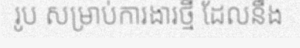
រូប សម្រាប់ការងារថ្មី ដែលនឹង